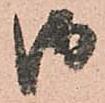
御